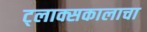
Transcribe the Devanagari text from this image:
ट्लाक्सकालाचा